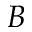
B